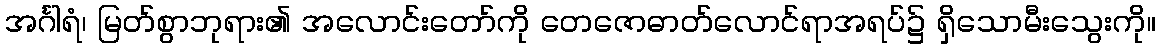
အင်္ဂါရံ၊ မြတ်စွာဘုရား၏ အလောင်းတော်ကို တေဇောဓာတ်လောင်ရာအရပ်၌ ရှိသောမီးသွေးကို။